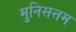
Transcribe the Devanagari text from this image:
मुनिसत्तम